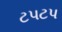
ટપટપ